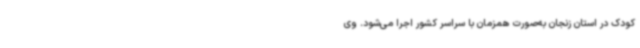
کودک در استان زنجان به‌صورت همزمان با سراسر کشور اجرا می‌شود. وی